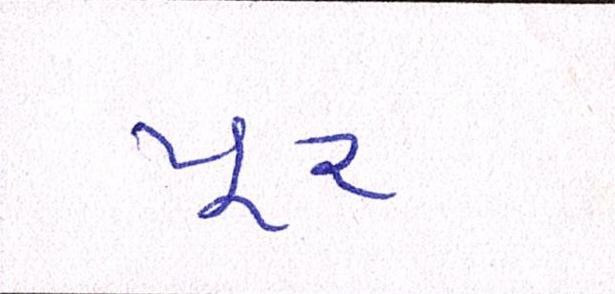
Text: પૂર